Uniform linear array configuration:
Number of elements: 32
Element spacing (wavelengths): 0.25
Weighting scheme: kaiser
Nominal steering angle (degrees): -15
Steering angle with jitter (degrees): -14.951
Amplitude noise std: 0.05
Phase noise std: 0.05

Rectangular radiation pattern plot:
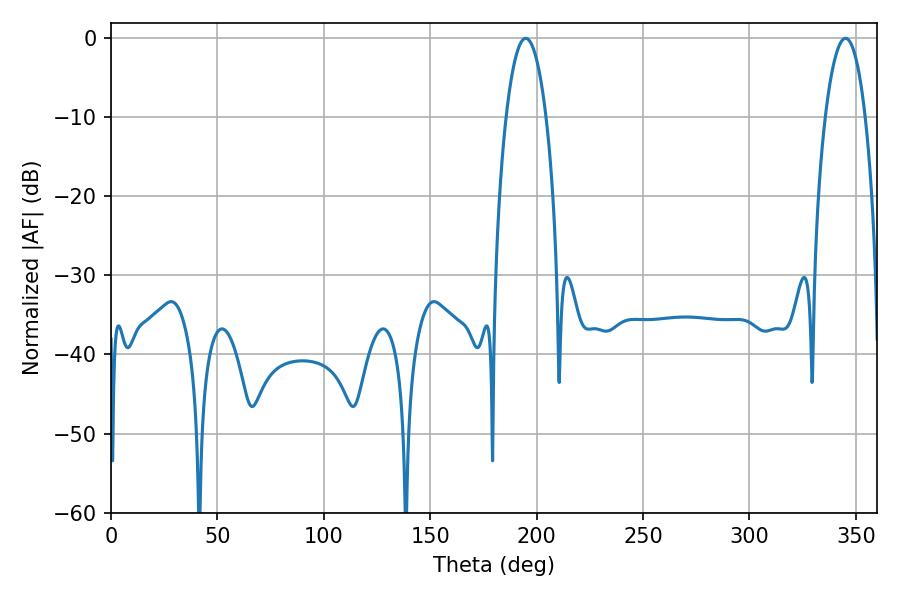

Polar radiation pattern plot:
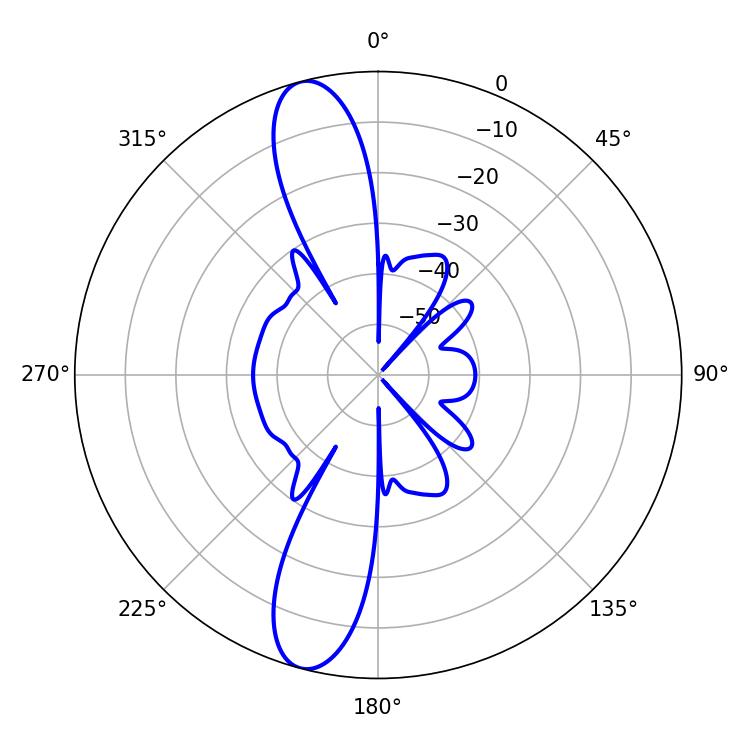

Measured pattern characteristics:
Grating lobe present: FALSE
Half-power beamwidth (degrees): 10.44
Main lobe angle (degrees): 194.94